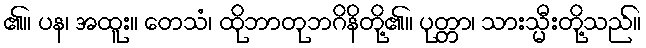
၏။ ပန၊ အထူး။ တေသံ၊ ထိုဘာတုဘဂိနိတို့၏။ ပုတ္တာ၊ သားသ္မီးတို့သည်။